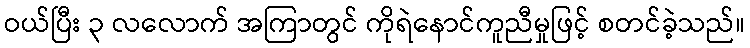
ဝယ်ပြီး ၃ လလောက် အကြာတွင် ကိုရဲနောင်ကူညီမှုဖြင့် စတင်ခဲ့သည်။